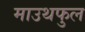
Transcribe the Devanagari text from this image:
माउथफुल